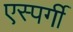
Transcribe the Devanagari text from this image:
एस्पर्गी